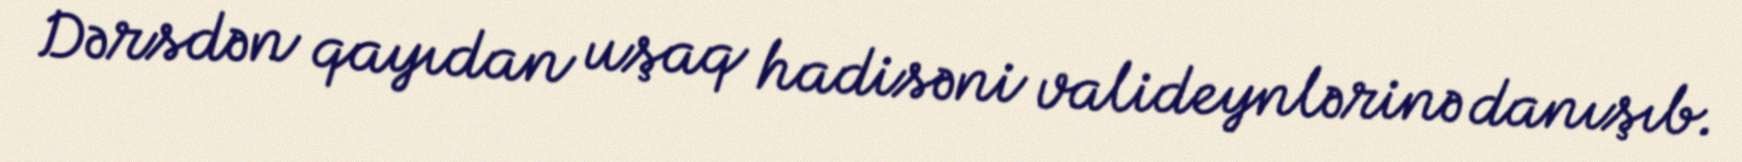
Dərsdən qayıdan uşaq hadisəni valideynlərinə danışıb.